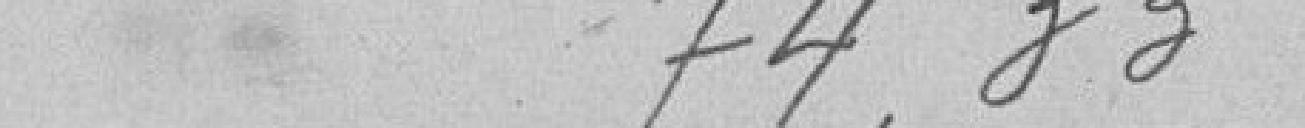
74.33